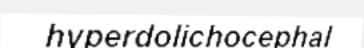
hyperdolichocephal